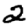
Digit: 2